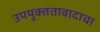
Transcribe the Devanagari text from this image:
उपयुक्ततावादाचा